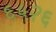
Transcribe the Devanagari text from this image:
६५२६